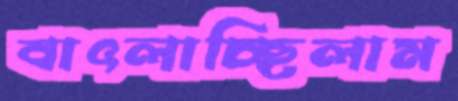
বাৎলাচ্ছিলাম